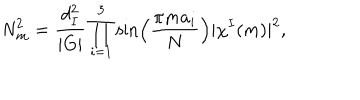
{ \sf N } _ { m } ^ { 2 } = \frac { d _ { I } ^ { 2 } } { | G | } \prod _ { i = 1 } ^ { 3 } \sin \left( \frac { \pi m a _ { i } } { N } \right) | \chi ^ { I } ( m ) | ^ { 2 } ,